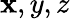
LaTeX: \mathbf{x},y,z